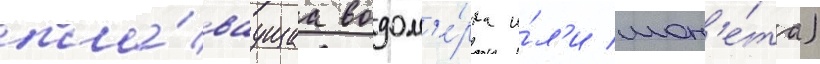
пла́ваущаа водом'е́рка и́л'и мон'е́та)